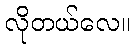
လိုတယ်လေ။